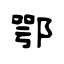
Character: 鄂